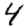
Digit: 4